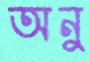
অনু